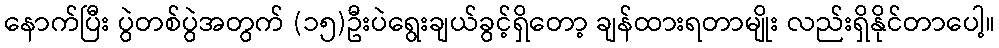
နောက်ပြီး ပွဲတစ်ပွဲအတွက် (၁၅)ဦးပဲရွေးချယ်ခွင့်ရှိတော့ ချန်ထားရတာမျိုး လည်းရှိနိုင်တာပေါ့။